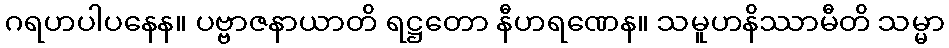
ဂရဟပါပနေန။ ပဗ္ဗာဇနာယာတိ ရဋ္ဌတော နီဟရဏေန။ သမူဟနိဿာမီတိ သမ္မာ